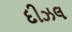
દીઝલ